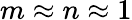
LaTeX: m\approx n\approx 1